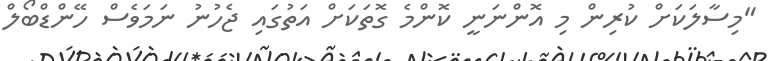
"މިސާލަކަށް ކުރިން މި އޮންނަނީ ކޮންމެ ގޮތަކަށް އަތުގައި ޖެހުނު ނަމަވެސް ހޭންޑްބޯލް